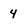
Character: 4